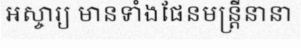
អស្ចារ្យ មានទាំងផែនមន្ត្រីនានា